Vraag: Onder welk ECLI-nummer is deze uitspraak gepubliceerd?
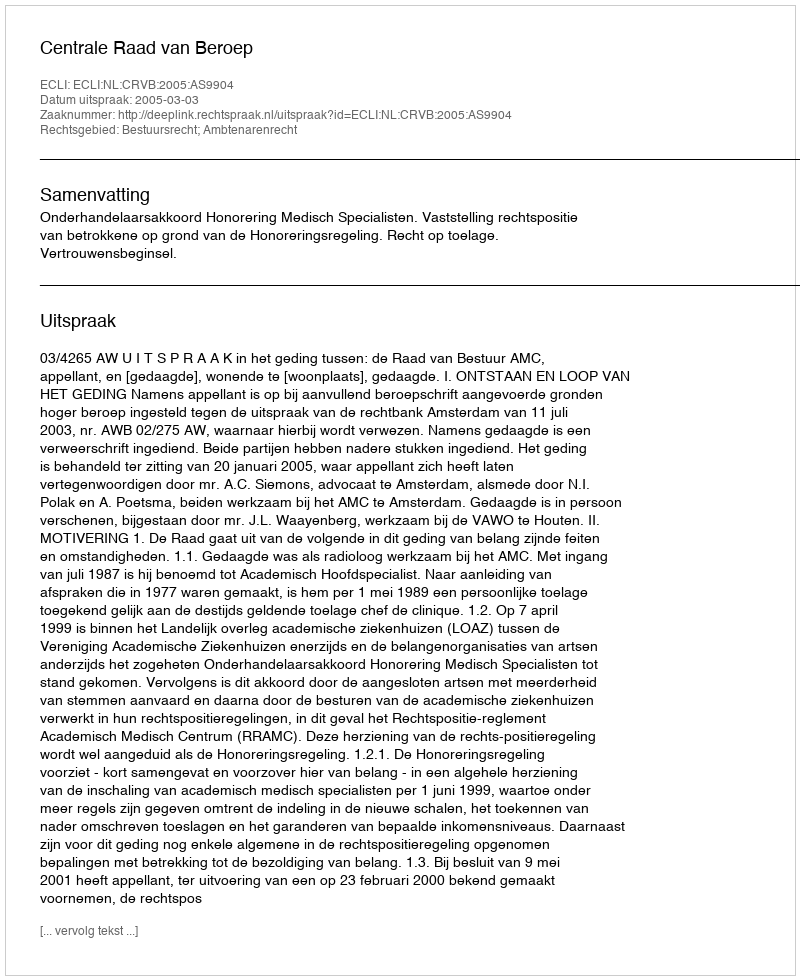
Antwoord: ECLI:NL:CRVB:2005:AS9904